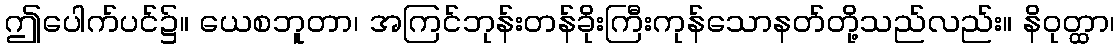
ဤပေါက်ပင်၌။ ယေစဘူတာ၊ အကြင်ဘုန်းတန်ခိုးကြီးကုန်သောနတ်တို့သည်လည်း။ နိဝုတ္ထာ၊